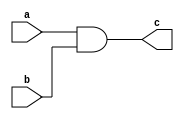
`timescale 1ns / 1ps
//////////////////////////////////////////////////////////////////////////////////
// Company: 
// Engineer: 
// 
// Design Name: 
// Module Name:    lab2_or 
// Project Name: 
// Target Devices: 
// Tool versions: 
// Description: 
//
// Dependencies: 
//
// Revision: 
// Revision 0.01 - File Created
// Additional Comments: 
//
//////////////////////////////////////////////////////////////////////////////////
module lab2_and(
    input a,
    input b,
    output c
    );

	and(c,a,b);

endmodule